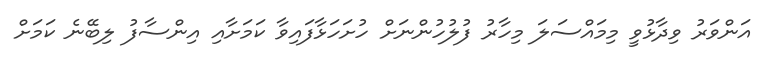
އަންވަރު ވިދާޅުވީ މިމައްސަލަ މިހާރު ފުލުހުންނަށް ހުށަހަޅާފައިވާ ކަމަށާއި އިންސާފު ލިބޭނެ ކަމަށް